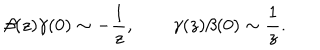
\beta ( z ) \gamma ( 0 ) \sim - \frac { 1 } { z } , \qquad \gamma ( z ) \beta ( 0 ) \sim \frac { 1 } { z } .